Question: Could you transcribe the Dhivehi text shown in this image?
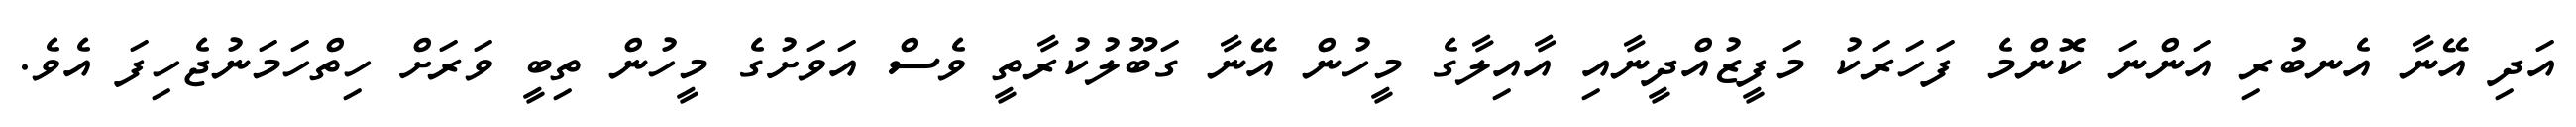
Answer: އަދި އޭނާ އެނބުރި އަންނަ ކޮންމެ ފަހަރަކު މަފީޒުއްދީނާއި އާއިލާގެ މީހުން އޭނާ ގަބޫލުކުރާތީ ވެސް އަވަށުގެ މީހުން ތިބީ ވަރަށް ހިތްހަމަނުޖެހިފަ އެވެ.